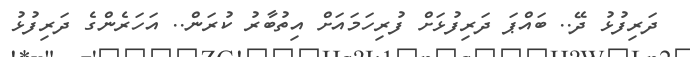
ދަރިފުޅު ދޭ.. ބައްޕަ ދަރިފުޅަށް ފުރިހަމައަށް އިތުބާރު ކުރަން.. އަހަރެންގެ ދަރިފުޅު